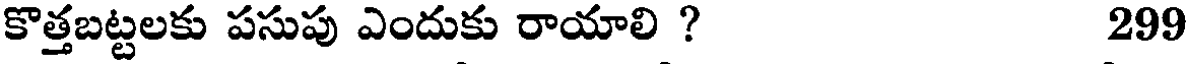
కొత్తబట్టలకు పసుపు ఎందుకు రాయాలి ? 299